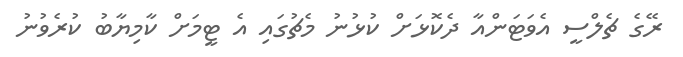
ރޭގެ ޗެލްސީ އެވަޓަންއާ ދެކޮޅަށް ކުޅުނު މެޗުގައި އެ ޓީމަށް ކާމިޔާބު ކުރެވުނު